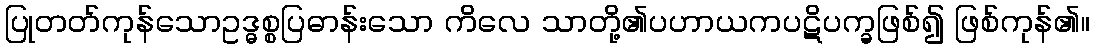
ပြုတတ်ကုန်သောဥဒ္ဓစ္စပြဓာန်းသော ကိလေ သာတို့၏ပဟာယကပဋိပက္ခဖြစ်၍ ဖြစ်ကုန်၏။